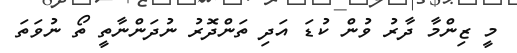
މީ ޒިންމާ ދާރު ވުން ކުޑަ އަދި ތަންދޮރު ނުދަންނާތީ ތޯ ނުވަތަ